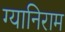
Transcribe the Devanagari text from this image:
ग्यानिराम